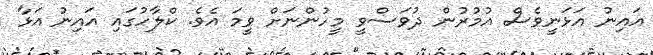
އައިނު އަޅަނީވެސް އުމުުރުން ދުވަސްވީ މީހުންނަށް ވީމަ އެވެ. ކްލާހުގައި އައިނު އަޅާ